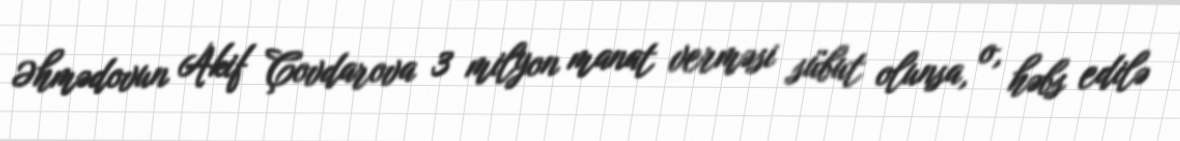
Əhmədovun Akif Çovdarova 3 milyon manat verməsi sübut olunsa, o, həbs edilə